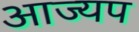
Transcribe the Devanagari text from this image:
आज्यप